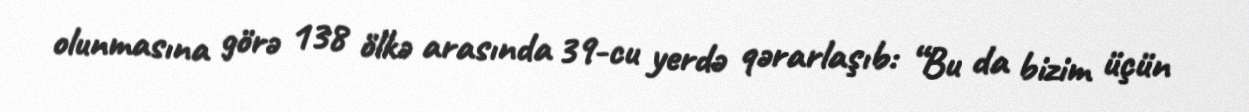
olunmasına görə 138 ölkə arasında 39-cu yerdə qərarlaşıb: “Bu da bizim üçün